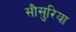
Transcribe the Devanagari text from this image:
सौसुरिया